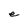
Character: e